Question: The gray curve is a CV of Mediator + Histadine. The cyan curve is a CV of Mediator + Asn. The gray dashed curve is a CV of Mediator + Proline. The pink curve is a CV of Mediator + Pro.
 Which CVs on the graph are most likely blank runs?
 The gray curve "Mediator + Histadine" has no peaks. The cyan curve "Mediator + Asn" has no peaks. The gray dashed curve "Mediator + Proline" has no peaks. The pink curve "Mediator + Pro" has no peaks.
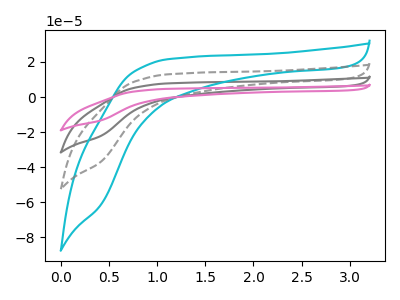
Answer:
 <answer>"Mediator + Histadine", "Mediator + Asn", "Mediator + Proline" and "Mediator + Pro" are likely to be blanks.</answer>
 <eval>"Mediator + Histadine", "Mediator + Asn", "Mediator + Proline", "Mediator + Pro"</eval>